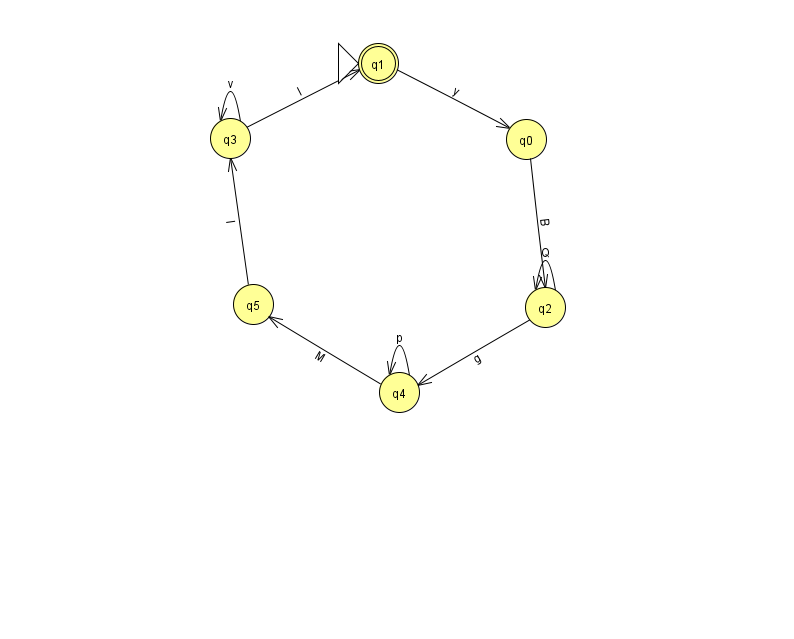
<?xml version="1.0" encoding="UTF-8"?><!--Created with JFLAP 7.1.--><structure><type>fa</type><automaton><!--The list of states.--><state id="0" name="q0"><x>526.0</x><y>126.0</y></state><state id="1" name="q1"><x>378.0</x><y>50.0</y><initial/><final/></state><state id="2" name="q2"><x>545.0</x><y>294.0</y></state><state id="3" name="q3"><x>230.0</x><y>125.0</y></state><state id="4" name="q4"><x>399.0</x><y>379.0</y></state><state id="5" name="q5"><x>253.0</x><y>291.0</y></state><!--The list of transitions.--><transition><from>4</from><to>4</to><read>p</read></transition><transition><from>2</from><to>2</to><read>Q</read></transition><transition><from>4</from><to>5</to><read>M</read></transition><transition><from>5</from><to>3</to><read>I</read></transition><transition><from>0</from><to>2</to><read>B</read></transition><transition><from>3</from><to>1</to><read>I</read></transition><transition><from>3</from><to>3</to><read>v</read></transition><transition><from>1</from><to>0</to><read>y</read></transition><transition><from>2</from><to>4</to><read>g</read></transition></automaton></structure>